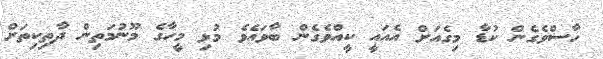
ހާސްވެގެން ކުޑާ މިގެއަށް އެއައީ ކީއްވެގެން ބާވައެވެ މުޅި މީހާގެ މޫނުމަތިން ދާތިކިތަށް